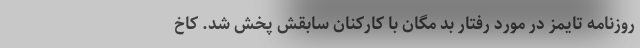
روزنامه تایمز در مورد رفتار بد مگان با کارکنان سابقش پخش شد. کاخ